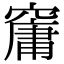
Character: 𥧱